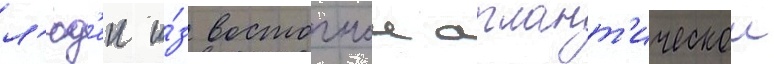
л'юд'еи и́з восточнои атлант'ическои